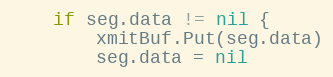
Language: Go
	if seg.data != nil {
		xmitBuf.Put(seg.data)
		seg.data = nil